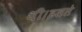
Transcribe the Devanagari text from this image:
थी।इससे